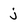
Character: j